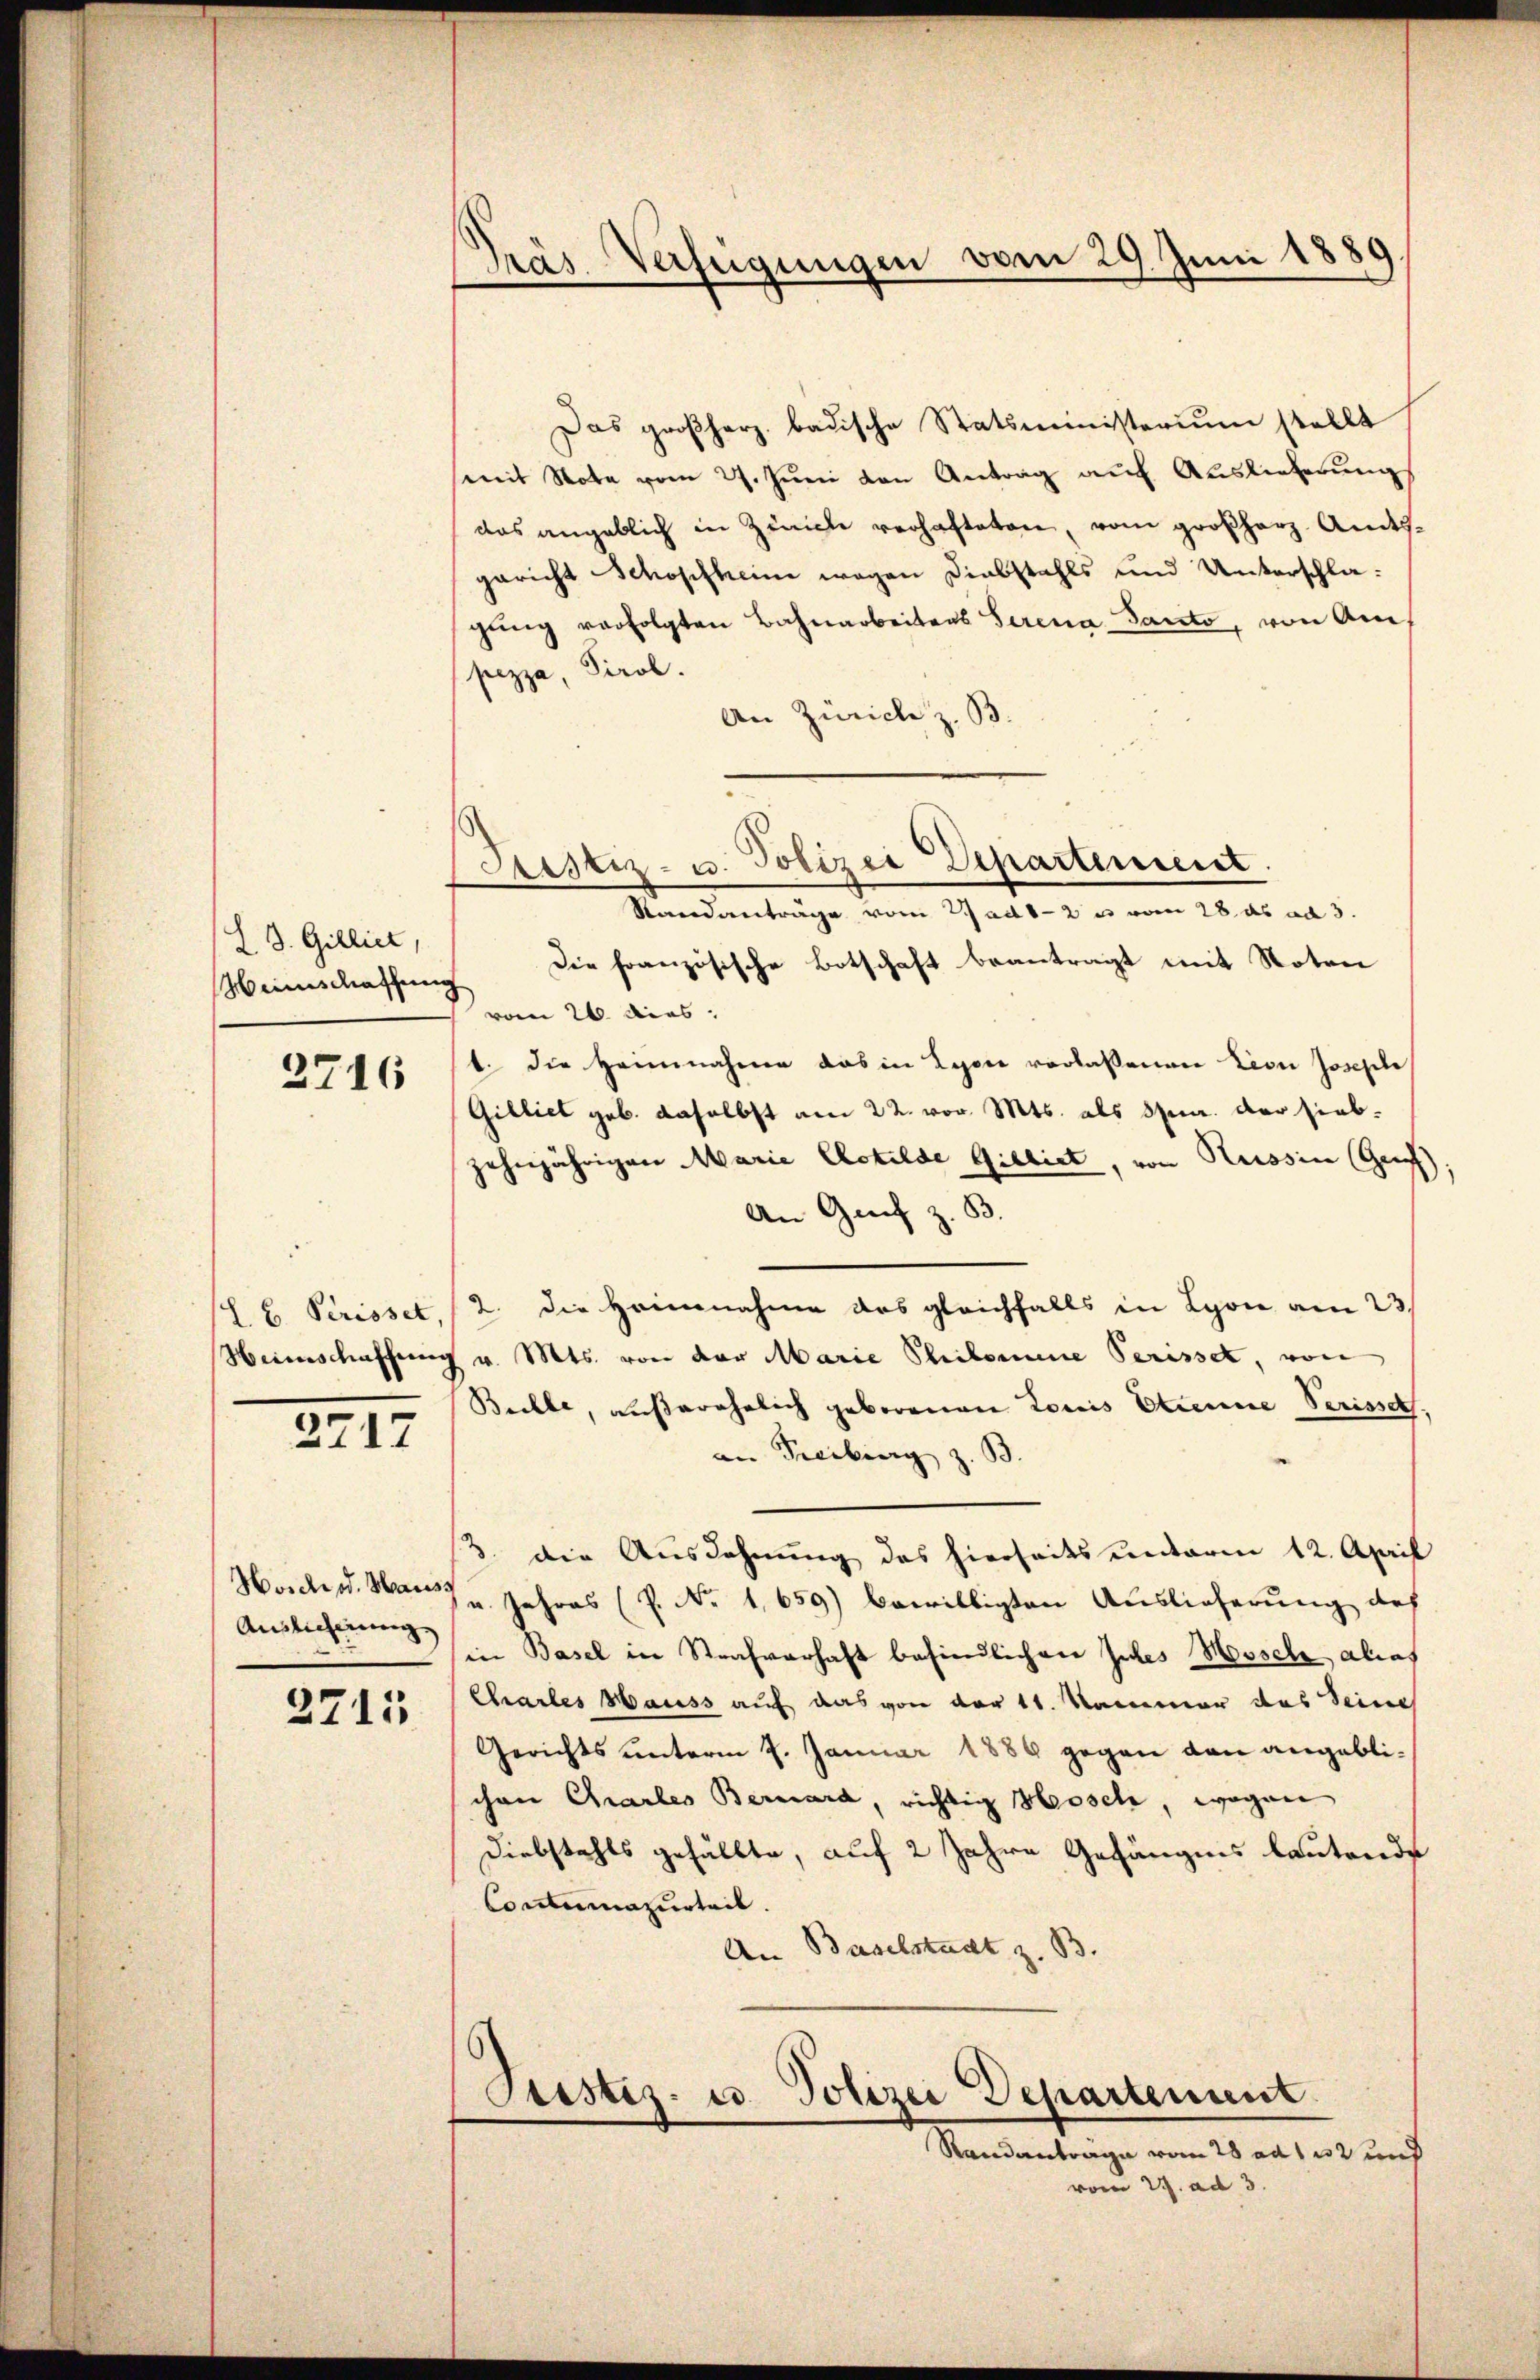
IS. Gilliet,

2716

(L. B. Scrisset,

2717

Auslicherung

2715

Präs. Verfeigungen vom 29. Juni 1889

Das großherz badische Statsministerium stellt
(mit Note vom 27. Juni von Antrag auf Auslieferungs
das angeblich in Zürich verhafteten, vom großherz. Amtsgericht Schopfheim wegen Diebstahls und Unterschlagŭng verfolgten Bahnarbeitens Serena Santo, von Am
pezza, Tirol.
An Zürich z. B.
(Justiz- u. Polizei Departement
Randanträge vom 27 ad 1-2 m vom 28. ds ad 3.
Weinschaffung Die französische Botschaft beantragt mit Noten
vom 26. dies
1. die Heimnahme das in Lyon verlaßenen Lion Josephi
Gilliet geb. daselbst am 22. vor. Mts. als da der siebzehnjährigen Marie Clotilde Gilliet, von Russin (Gre;
An Grif z. B.
2. die Heinnahme des gleichfalls in Lyon am 23.
Weinschaffung v. Mts. von der Marie Philomene Perisset, von
Bulle, außerehelich geborenen Louis Etienne Perisse,
an Freiburg z. B.
3. die Ausdehnung des hierseits unterm 12. April
Hosch od. vom 7. Jahres (R. No 1,659) bewilligten Auslieferung des
in Basel in Strafverhaft befindlichen Intes Mosche alias
Chartes Hauss auf das von der 11. Kammer das Seine
Gerichts unterm 7. Januar 1886 gegen den angeblichen Chartes Bernard, richtig Hosch, wogen
Diebstahls gefällte, auf 2 Jahre Gefängnis lautende
Contumazurteil.
An Baselstadt z. B.
Justiz- u. Polizei Departement
Randantrage vom 28 ad 112 und
vom 29. ad 3.